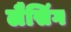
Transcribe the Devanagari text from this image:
लैसिंग